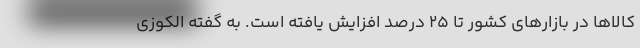
کالاها در بازارهای کشور تا ۲۵ درصد افزایش یافته است. به گفته الکوزی